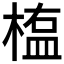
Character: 𣖻